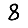
Digit: 8